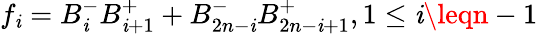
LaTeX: f_{\mathit{i}}=B_{\mathit{i}}^{-}B_{\mathit{i}+1}^{+}+B_{2n-\mathit{i}}^{-}B_{2n-\mathit{i}+1}^{+},1\leq\mathit{i}\leqn-1